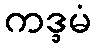
ကဒ္ဒမံ